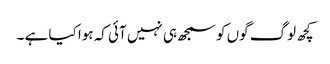
کچھ لوگ گوں کو سمجھ ہی نہیں آئی کہ ہوا کیا ہے ۔